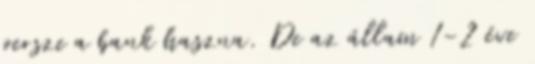
persze a bank haszna. De az állam 1-2 éve